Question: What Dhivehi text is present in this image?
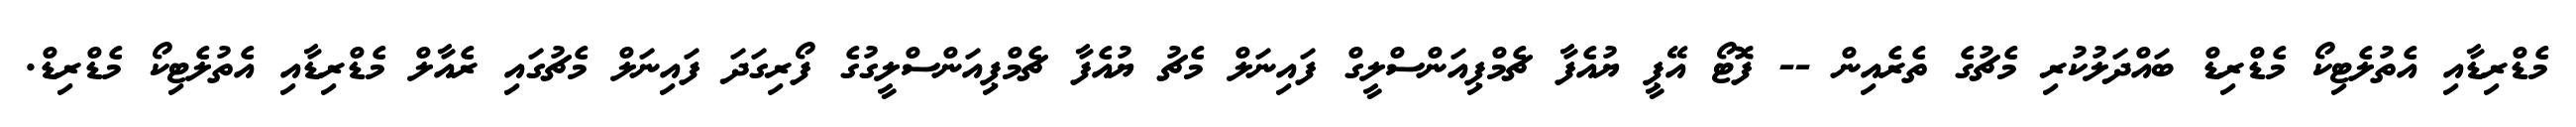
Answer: މެޑްރިޑާއި އެތުލެޓިކޯ މެޑްރިޑް ބައްދަލުކުރި މެޗުގެ ތެރެއިން -- ފޮޓޯ އޭޕީ ޔުއެފާ ޗެމްޕިއަންސްލީގް ފައިނަލް މެޗު ޔުއެފާ ޗެމްޕިއަންސްލީގުގެ ފޯރިގަދަ ފައިނަލް މެޗުގައި ރެއާލް މެޑްރިޑާއި އެތުލެޓިކޯ މެޑްރިޑް.